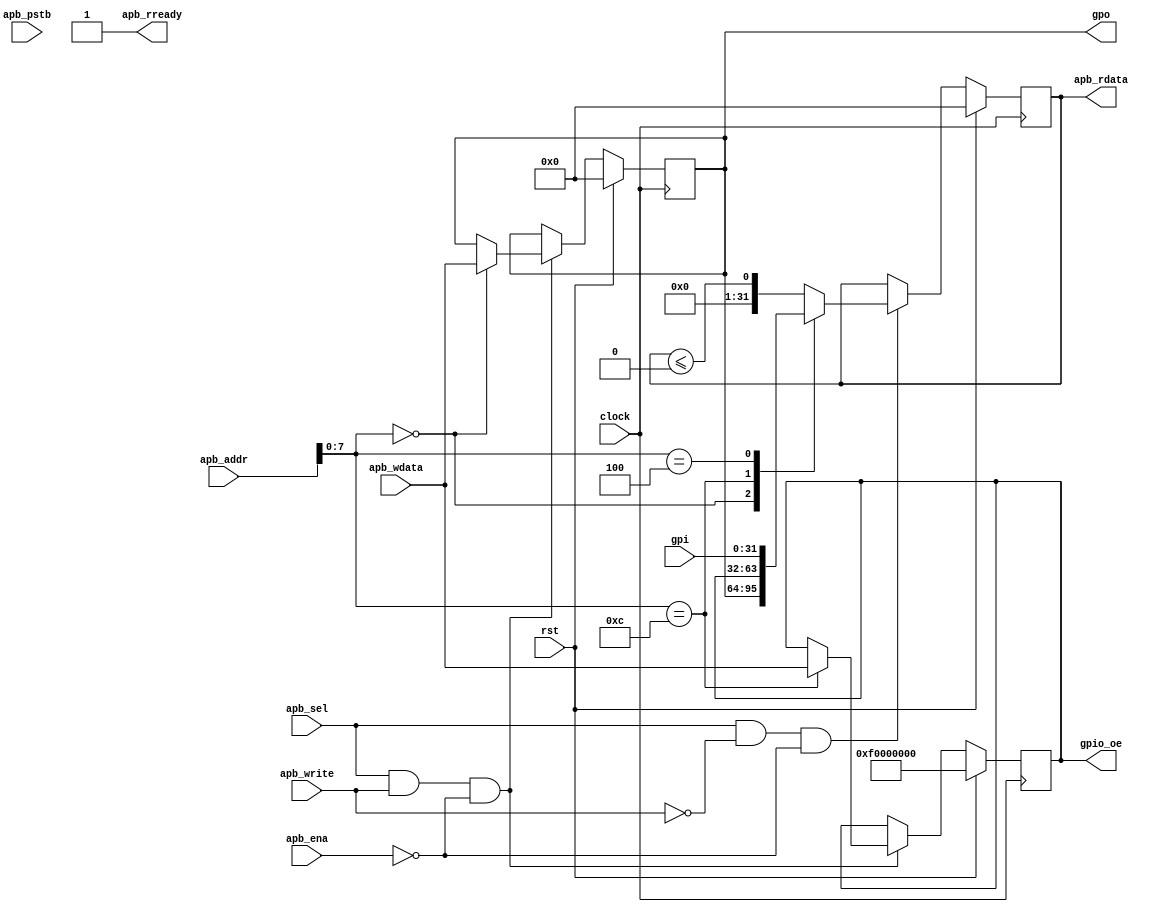
module gpio_ssp(
    input              clock,
    input              rst,
    input  [31:0]      apb_addr,
    input              apb_sel,
    input              apb_write,
    input              apb_ena,
    input  [31:0]      apb_wdata,
    output reg [31:0]  apb_rdata,
    input  [3:0]       apb_pstb,
    output             apb_rready,
   // output             gpio_intr,
    
    input  [31:0]      gpi,
    output [31:0]      gpo,
    output [31:0]      gpio_oe
    
     
    
    );
    
    localparam GPO_ADDR    = 8'h00;
    localparam GPI_ADDR    = 8'h04;
    localparam GPID_ADDR   = 8'h0C;
    
    
    reg [31:0] gpio_0_s;
    reg [31:0] gpiod;
    assign apb_rready = 1'b1;
    
    assign gpio_oe    = gpiod; 
    
    assign gpo = gpio_0_s;
    
    
    
    
     
    always @(posedge clock) begin 
        if(rst) begin
        
            gpio_0_s   <= 32'h000000000;
            apb_rdata  <= 32'h0000_0000;
            gpiod      <= 32'hF0000000;
        
        end else begin
        
            if(apb_sel && apb_write && !apb_ena) begin 
                case(apb_addr[7:0]) 
                            GPO_ADDR     : begin gpio_0_s  <= apb_wdata;end
                            GPID_ADDR    : begin gpiod    <=  apb_wdata ;end
                            
                 endcase        
              end
              
             if(apb_sel && !apb_write && !apb_ena) begin 
                    case(apb_addr[7:0]) 
                            GPO_ADDR     : begin apb_rdata  <= gpio_0_s ;end
                            GPID_ADDR    : begin apb_rdata  <= gpiod; end
                            GPI_ADDR     : begin apb_rdata  <= gpi; end
                            default      : begin apb_rdata  <= apb_rdata  <= 32'h0000_0000; end
                    endcase      
                            
            end            
            
              
              
              
              
              
             
        
        end
    
    end
    
    
    
    
    
    
    
    
    
    
endmodule